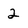
Character: 2